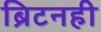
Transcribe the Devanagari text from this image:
ब्रिटनही